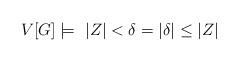
LaTeX: \begin{align*}V[G] \models \ |Z|<\delta=|\delta| \le |Z|\end{align*}